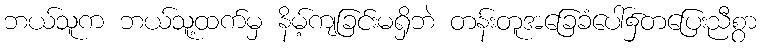
ဘယ်သူက ဘယ်သူ့ထက်မှ နိမ့်ကျခြင်းမရှိဘဲ တန်းတူအခြေခံပေါ်၌တပြေးညီစွာ